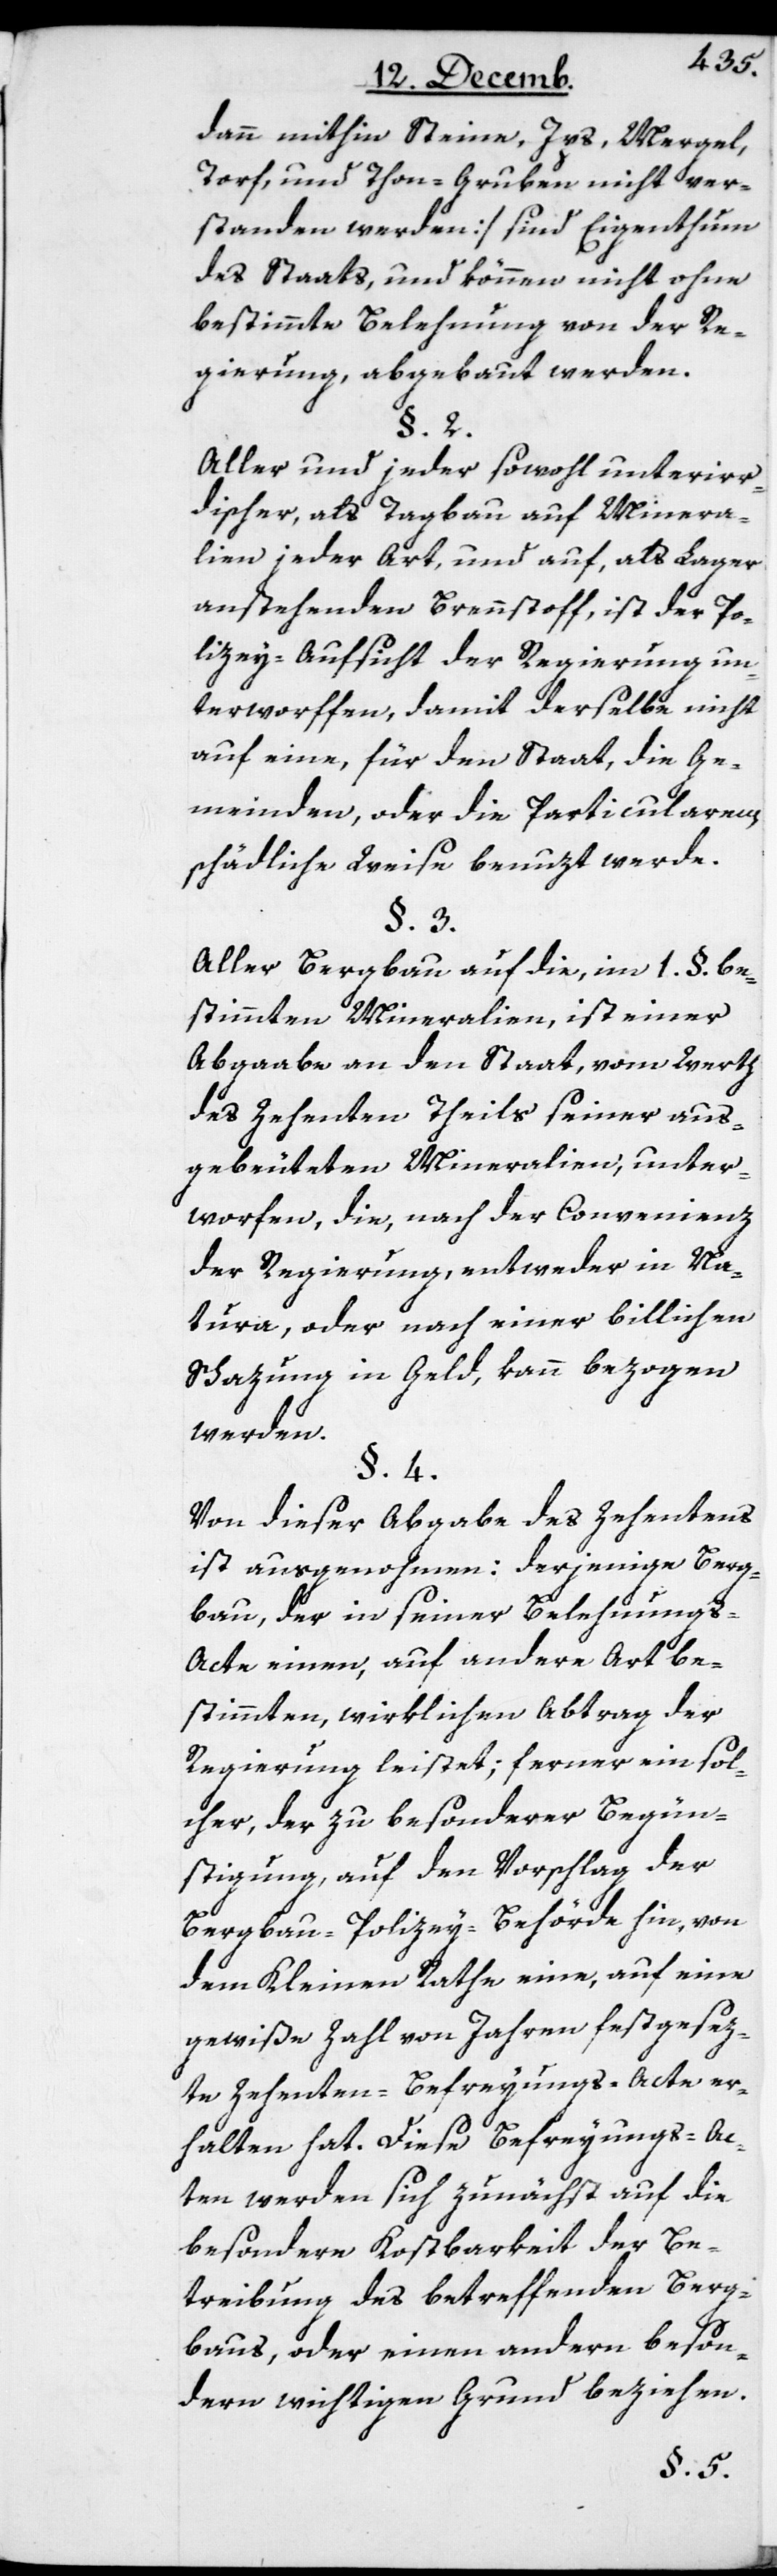
dann mithin Steine, Ips, Mergel,
Torf und Thon-Gruben nicht ver¬
standen werden] sind Eigenthum
des Staats, und können nicht ohne
bestimmte Belehnung von der Re¬
gierung, abgebaut werden.
§. 2.
Aller und jeder sowohl unterir¬
discher, als Tagbau auf Minera¬
lien jeder Art, und auf, als Lager
anstehenden Brennstoff, ist der Po¬
lizey-Aufsicht der Regierung un¬
terworffen, damit derselbe nicht
auf eine, für den Staat, die Ge¬
meinden, oder die Particularen
schädliche Weise benuzt werde.
§. 3.
Aller Bergbau auf die, im 1. §. be¬
stimmten Mineralien, ist einer
Abgaabe an den Staat, vom Werth
des Zehenten Theils seiner aus¬
gebeuteten Mineralien, unter¬
worfen, die, nach der Convenienz
der Regierung, entweder in Na¬
tura, oder nach einer billichen
Schazung in Geld, kann bezogen
werden.
§. 4.
Von dieser Abgabe des Zehentens
ist ausgenohmen: derjenige Berg¬
bau, der in seiner Belehnung¬
s-Acte einen, auf andere Art be¬
stimmten, wirklichen Abtrag der
Regierung leistet; ferner ein sol¬
cher, der zu besonderer Begün¬
stigung, auf den Vorschlag der
Bergbau-Polizey-Behörde hin, von
dem Kleinen Rathe eine, auf eine
gewiße Zahl von Jahren festgesetz¬
te Zehenten-Befreyungs-Acte er¬
halten hat. Diese Befreyungs-Ac¬
ten werden sich zunächst auf die
besondere Kostbarkeit der Be¬
treibung des betreffenden Berg¬
baus, oder einen andern beson¬
dern wichtigen Grund beziehen.